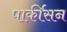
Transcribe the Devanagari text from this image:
पार्कीसन